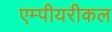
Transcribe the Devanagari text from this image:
एम्पीयरीकल